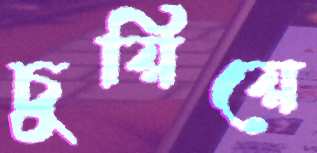
চুয়িয়ে